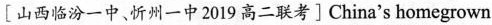
[山西临汾一中、忻州一中2019高二联考 ] China's homegrown